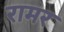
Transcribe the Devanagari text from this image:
रामर